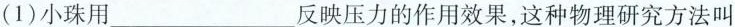
(1)小珠用_______反映压力的作用效果，这种物理研究方法叫